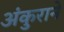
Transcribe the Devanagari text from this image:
अंकुराने